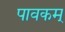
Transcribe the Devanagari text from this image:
पावकम्